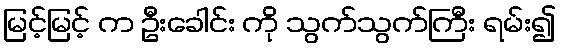
မြင့်မြင့် က ဦးခေါင်း ကို သွက်သွက်ကြီး ရမ်း၍